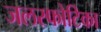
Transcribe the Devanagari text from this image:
जलस्फोटिका